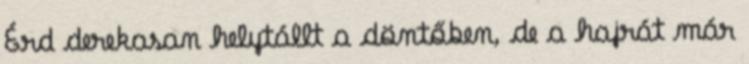
Érd derekasan helytállt a döntőben, de a hajrát már